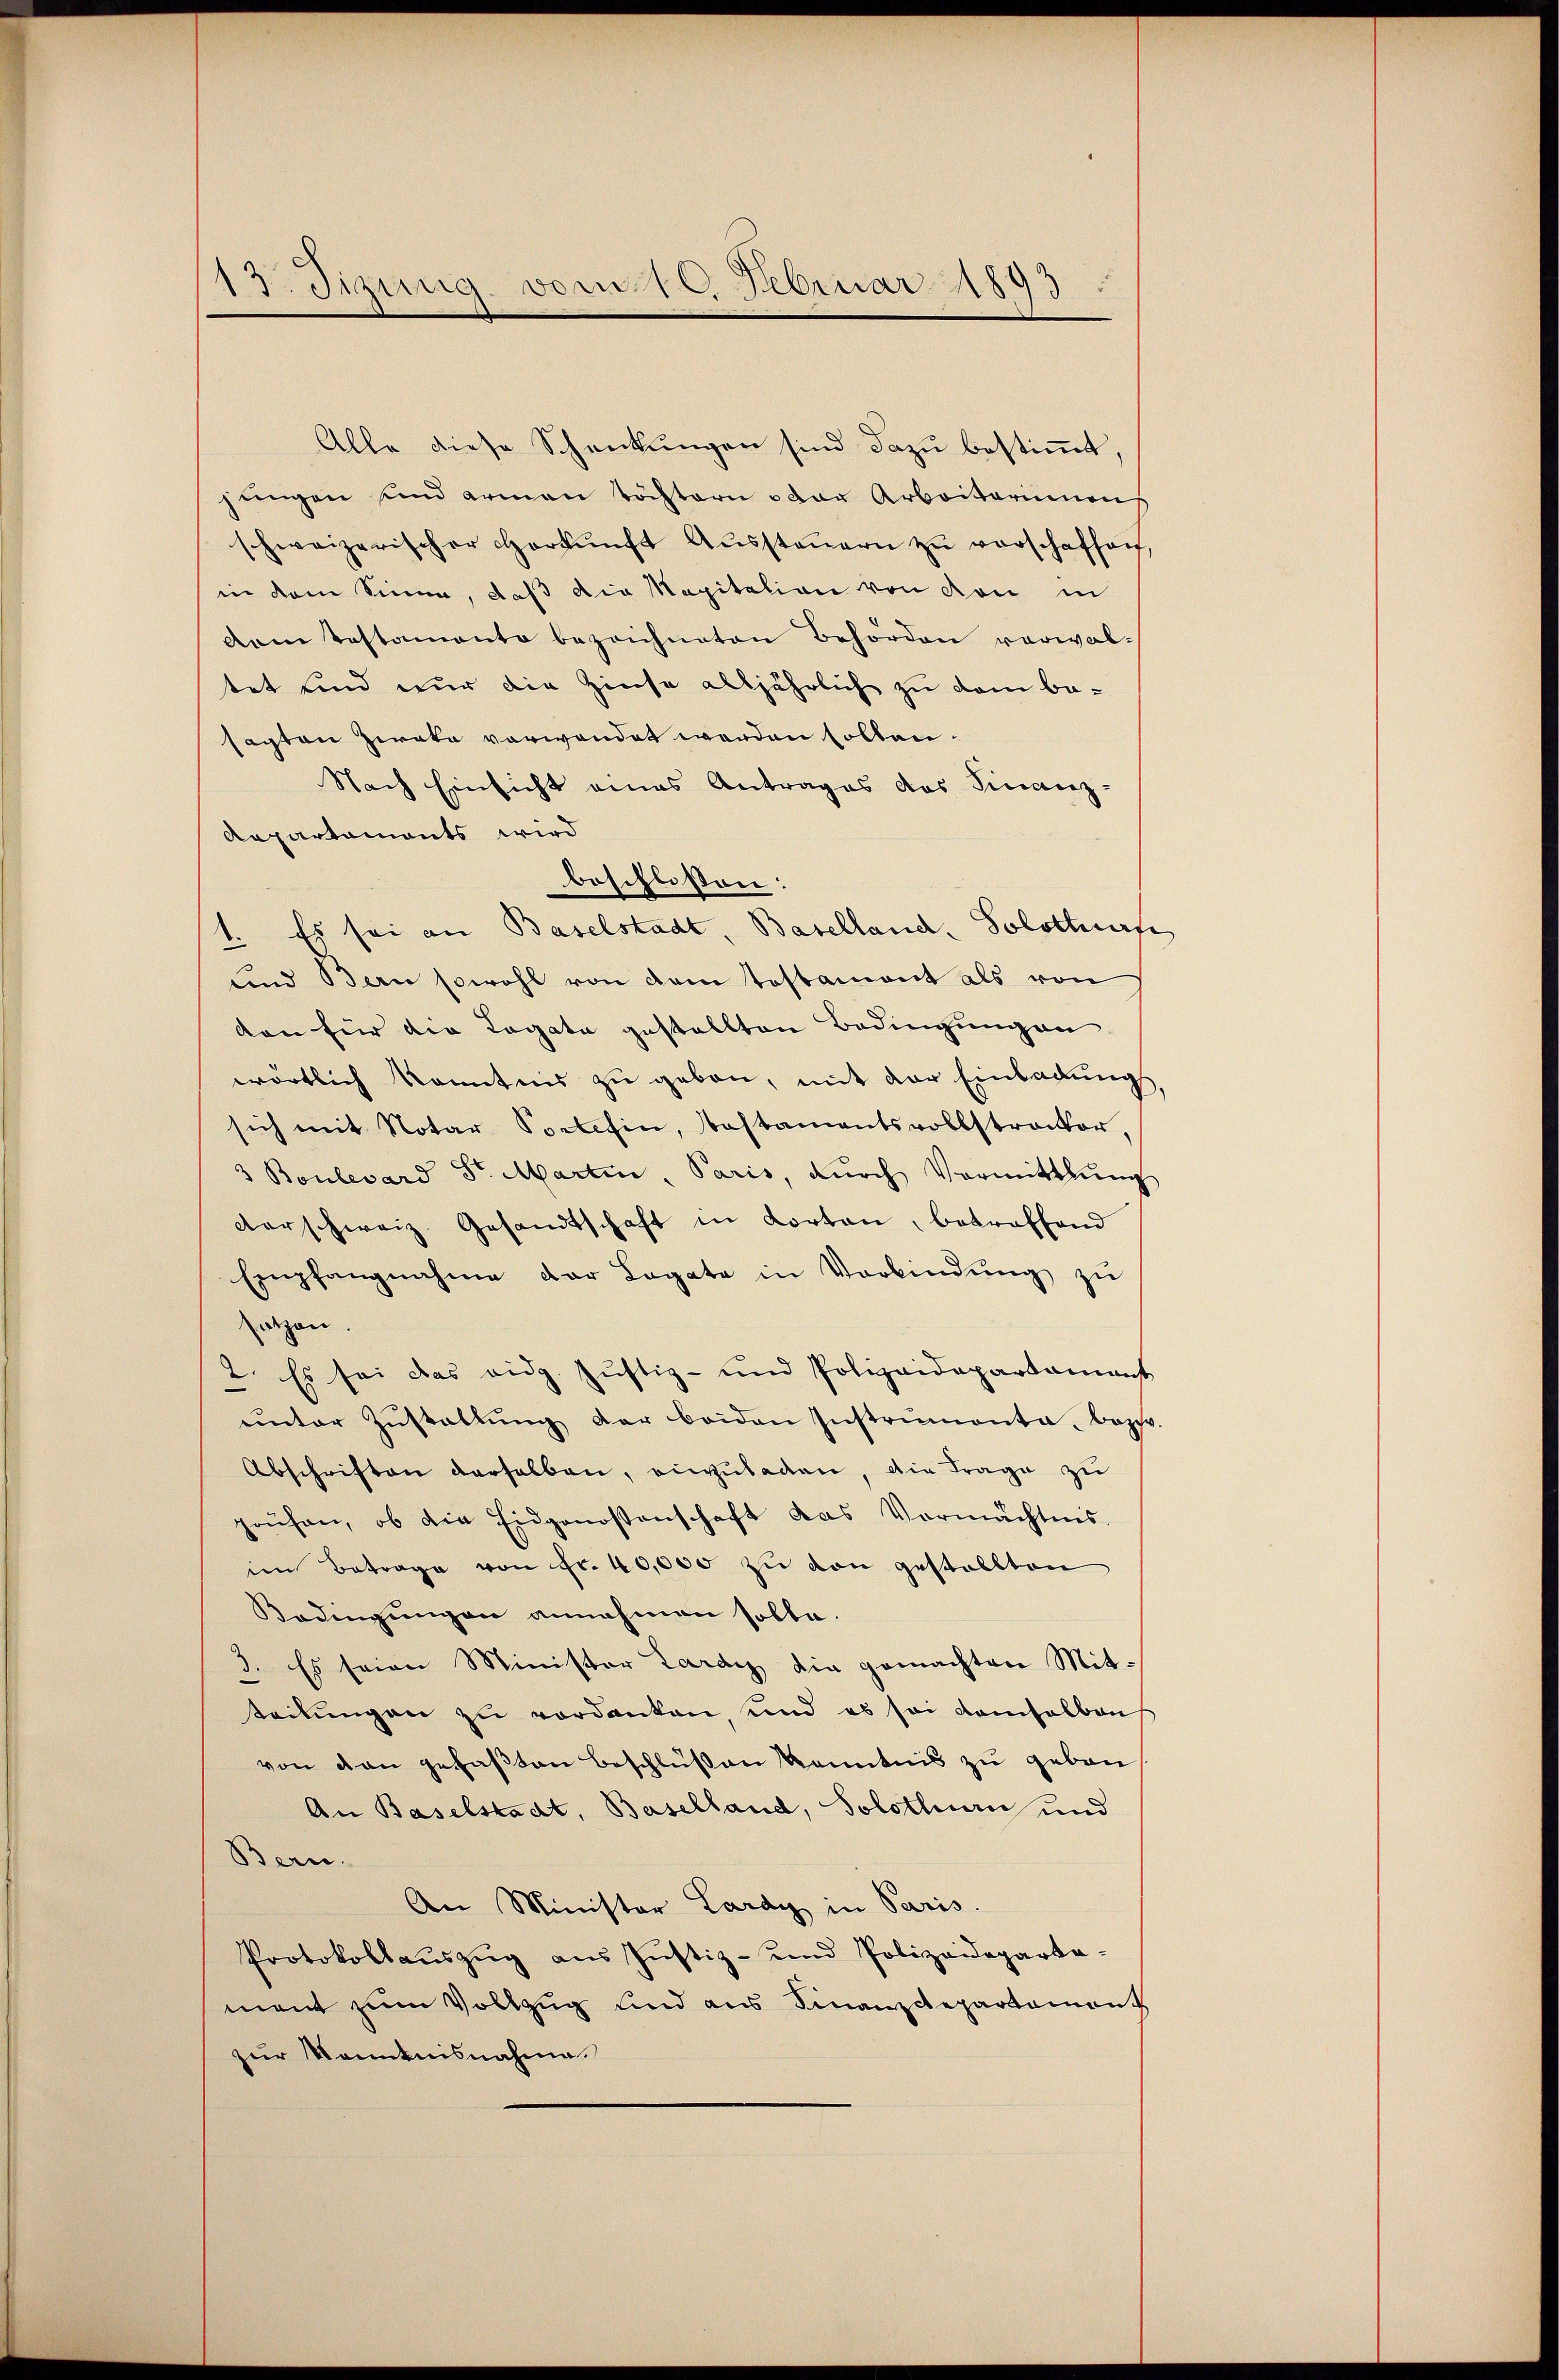
13. Jizung vom 10. Februar 1893

Alle diese Schenkungen sind dazu bestimmt,
jungen und armen töchtern oder Arbeiterinnen
schweizerischer Herkŭnft Aŭssteŭern zŭ verschaffen,
in dem Sinne, daß die Mapitation von von in
dam Testamento bezeichneten Behörden vorwal-
tet und nur die Zinse alljährlich zu dem be-
sagten Zweka verwendet werden sollen.
Nach Einsicht eines Antrages des Finanz-
Aepartaments wird
1. Es sei an Baselstadt, Baselland. Solothurf
und Bern sowohl von dem Testament als von
den für die Legata gestellten Bedingungen
wörtlich konntnis zu geben, mit der Einladung
sich mit Notar Poclesin, estamentsvollstrocker,
3 Boulevard Sr. Martin, Paris, dŭrch Vermitthŭng
verschweiz. Gesandtschaft in Korten, betroffend
Empfangnahme der Lagate in Verbindŭng zŭ
setzen.
2. Es sei das eidg. Justiz- und Polizeidepartament
ŭnter Zŭstallŭng der beiden Instrumenta beschr.
Abschriften derselben, einzuladen, die Frage zu
prüfen, ob die Eidgenossenschaft das Vermächtnis.
im Betrage von Fr. 40,000 zu von gestallten
Bedingungen annehmen solte.
2. Es seien Minister Lardy die gemachten Mitteilungen zu verdanken, und es sei Kamsalbau
von den gefaßten Beschlüßen kenntnis zu geben
An Baselstadt, Baselland, Solothurn und
Bern.
An Minister Lardy in Paris.
Protokollaŭszŭg aŭs Justiz- und Polizeideparta-
ment zum Vollzug und aus Finanzdepartement
zur Kenntnisnahme.

beschlossen: